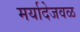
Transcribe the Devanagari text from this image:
मर्यादेजवळ